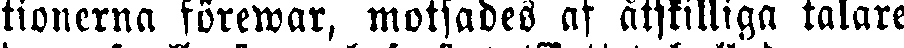
tionerna förewar, motsades af åtskilliga talare